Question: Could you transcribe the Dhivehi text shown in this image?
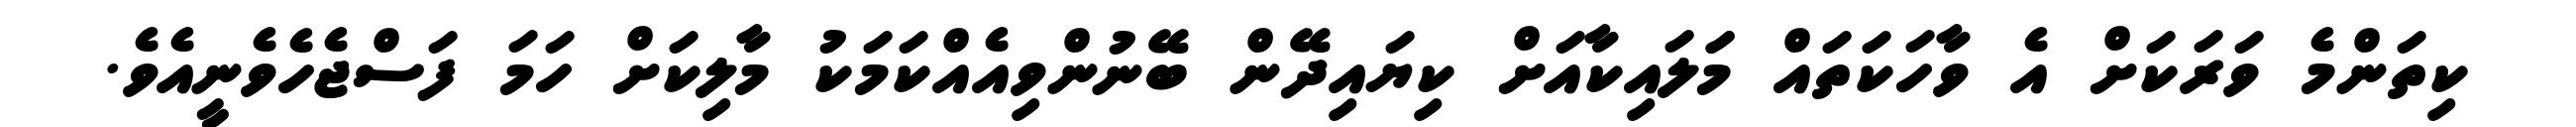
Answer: ކިތަންމެ ވަރަކަށް އެ ވާހަކަތައް މަަލައިކާއަށް ކިޔައިދޭން ބޭނުންވިއެއްކަމަކު މާލިކަށް ހަމަ ފަސްޖެހެވެނީއެވެ.